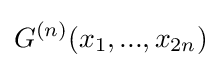
G^{(n)}(x_{1},...,x_{2n})